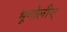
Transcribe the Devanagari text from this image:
भूगोलीए